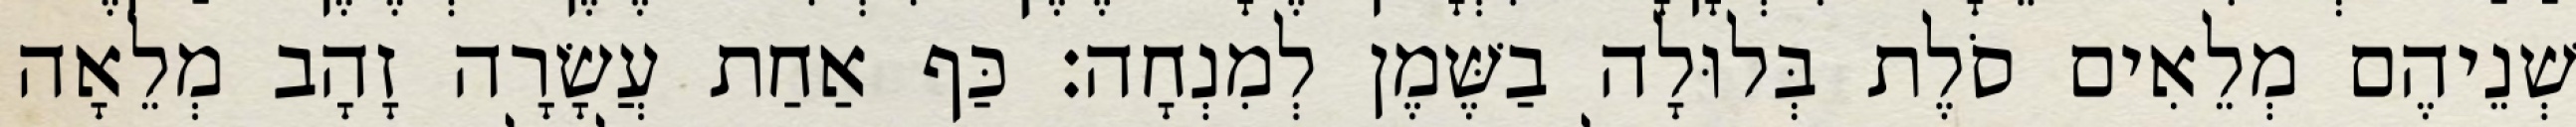
שְׁנֵיהֶם מְלֵאִים סֹלֶת בְּלוּלָה בַשֶּׁמֶן לְמִנְחָה׃ כַּף אַחַת עֲשָׂרָה זָהָב מְלֵאָה